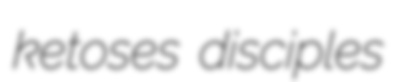
ketoses disciples